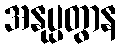
အနုပ္ပတွာန